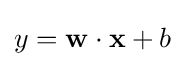
y=\mathbf {w} \cdot \mathbf {x} +b